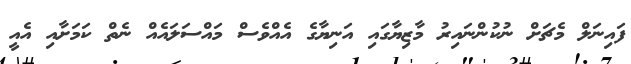
ފައިނަލް މެޗަށް ނުކުންނައިރު މާޒިޔާގައި އަނިޔާގެ އެއްވެސް މައްސަލައެއް ނެތް ކަމަށާއި އެއީ